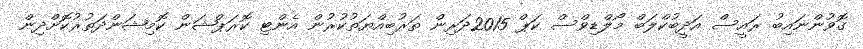
ގޮވުންނައިބު ރައީސް އަދީބުކްލަބް މޯލްޑިވްސް ކަޕް 2015ދަރިން ތަރުބިއްޔަތުކުރުން އެންޓި ކޮރަޕްޝަން ކޮމިޝަންދަތުރުކޮށްދިން